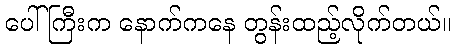
ပေါ်ကြီးက နောက်ကနေ တွန်းထည့်လိုက်တယ်။